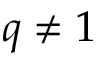
q \not = 1